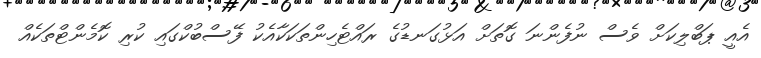
އެއީ ޕަބްލިކަށް ވެސް ނުފެންނަ ގޮތަށް އަޅުގަނޑުގެ ރައްޓެހިންތަކަކާއެކު ފޭސްބުކްގައި ކުރި ކޮމެންޓްތަކެއް